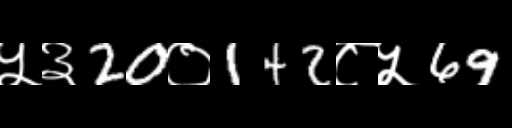
Text: ५३20०142८५69